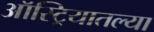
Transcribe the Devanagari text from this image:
ऑस्ट्रियातल्या